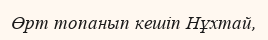
Өрт топанып кешіп Нұхтай,